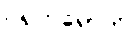
ဂရုကရောတိ